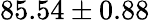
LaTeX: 85.54\pm 0.88